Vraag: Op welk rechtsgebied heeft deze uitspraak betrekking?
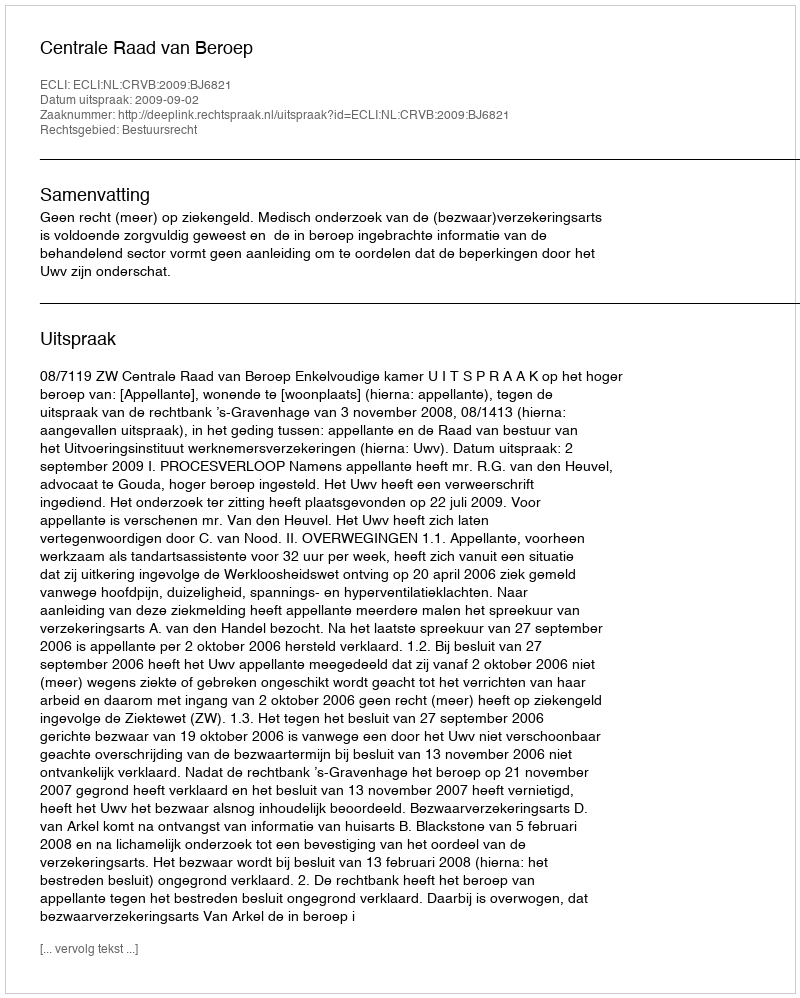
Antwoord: Bestuursrecht